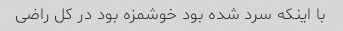
با اینکه سرد شده بود خوشمزه بود در کل راضی